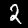
Label: 2